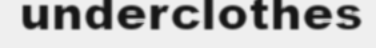
underclothes